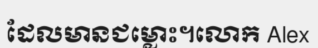
ដែលមានជម្លោះ។លោក Alex